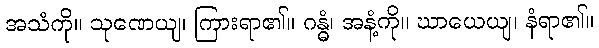
အသံကို။ သုဏေယျ၊ ကြားရာ၏။ ဂန္ဓံ၊ အနံ့ကို။ ဃာယေယျ၊ နံရာ၏။